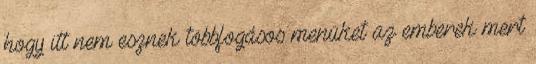
hogy itt nem esznek többfogásos menüket az emberek mert